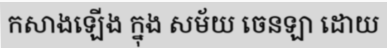
កសាងឡើង ក្នុង សម័យ ចេនឡា ដោយ